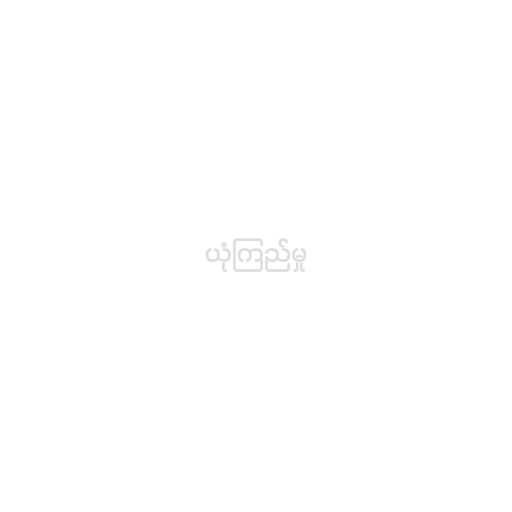
ယုံကြည်မှု